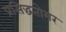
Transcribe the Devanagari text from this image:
प्रसिद्धतोमर